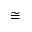
\cong